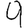
Digit: 9